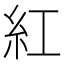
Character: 紅